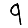
Digit: 9